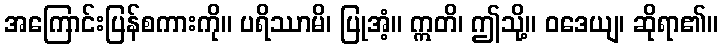
အကြောင်းပြန်စကားကို။ ပရိဿာမိ၊ ပြုအံ့။ ဣတိ၊ ဤသို့။ ဝဒေယျ၊ ဆိုရာ၏။